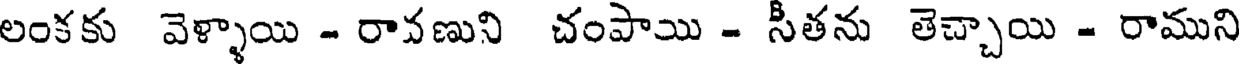
లంకకు వెళ్ళాయి - రావణుని చంపాయి - సీతను తెచ్చాయి - రాముని